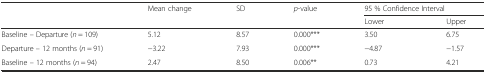
<table><thead><tr><td></td><td><b>Mean change</b></td><td><b>SD</b></td><td><b><i>p</i>-value</b></td><td colspan="2"><b>95 % Confidence Interval</b></td></tr><tr><td></td><td></td><td></td><td></td><td><b>Lower</b></td><td><b>Upper</b></td></tr></thead><tbody><tr><td>Baseline – Departure (<i>n</i> = 109)</td><td>5.12</td><td>8.57</td><td>0.000***</td><td>3.50</td><td>6.75</td></tr><tr><td>Departure – 12 months (<i>n</i> = 91)</td><td>−3.22</td><td>7.93</td><td>0.000***</td><td>−4.87</td><td>−1.57</td></tr><tr><td>Baseline – 12 months (<i>n</i> = 94)</td><td>2.47</td><td>8.50</td><td>0.006**</td><td>0.73</td><td>4.21</td></tr></tbody></table>